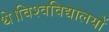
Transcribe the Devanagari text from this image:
थे।विश्वविद्यालयों